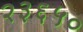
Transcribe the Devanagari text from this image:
२३६५०